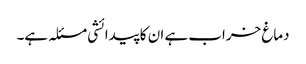
دماغ خراب ہے ان کا پیدائشی مسئلہ ہے۔